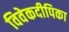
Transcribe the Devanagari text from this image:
विवेकदीपिका